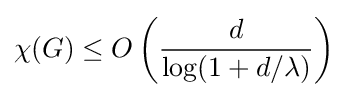
\chi (G)\leq O\left({\frac {d}{\log(1+d/\lambda )}}\right)